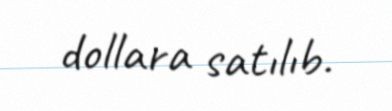
dollara satılıb.